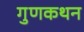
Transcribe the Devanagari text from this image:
गुणकथन